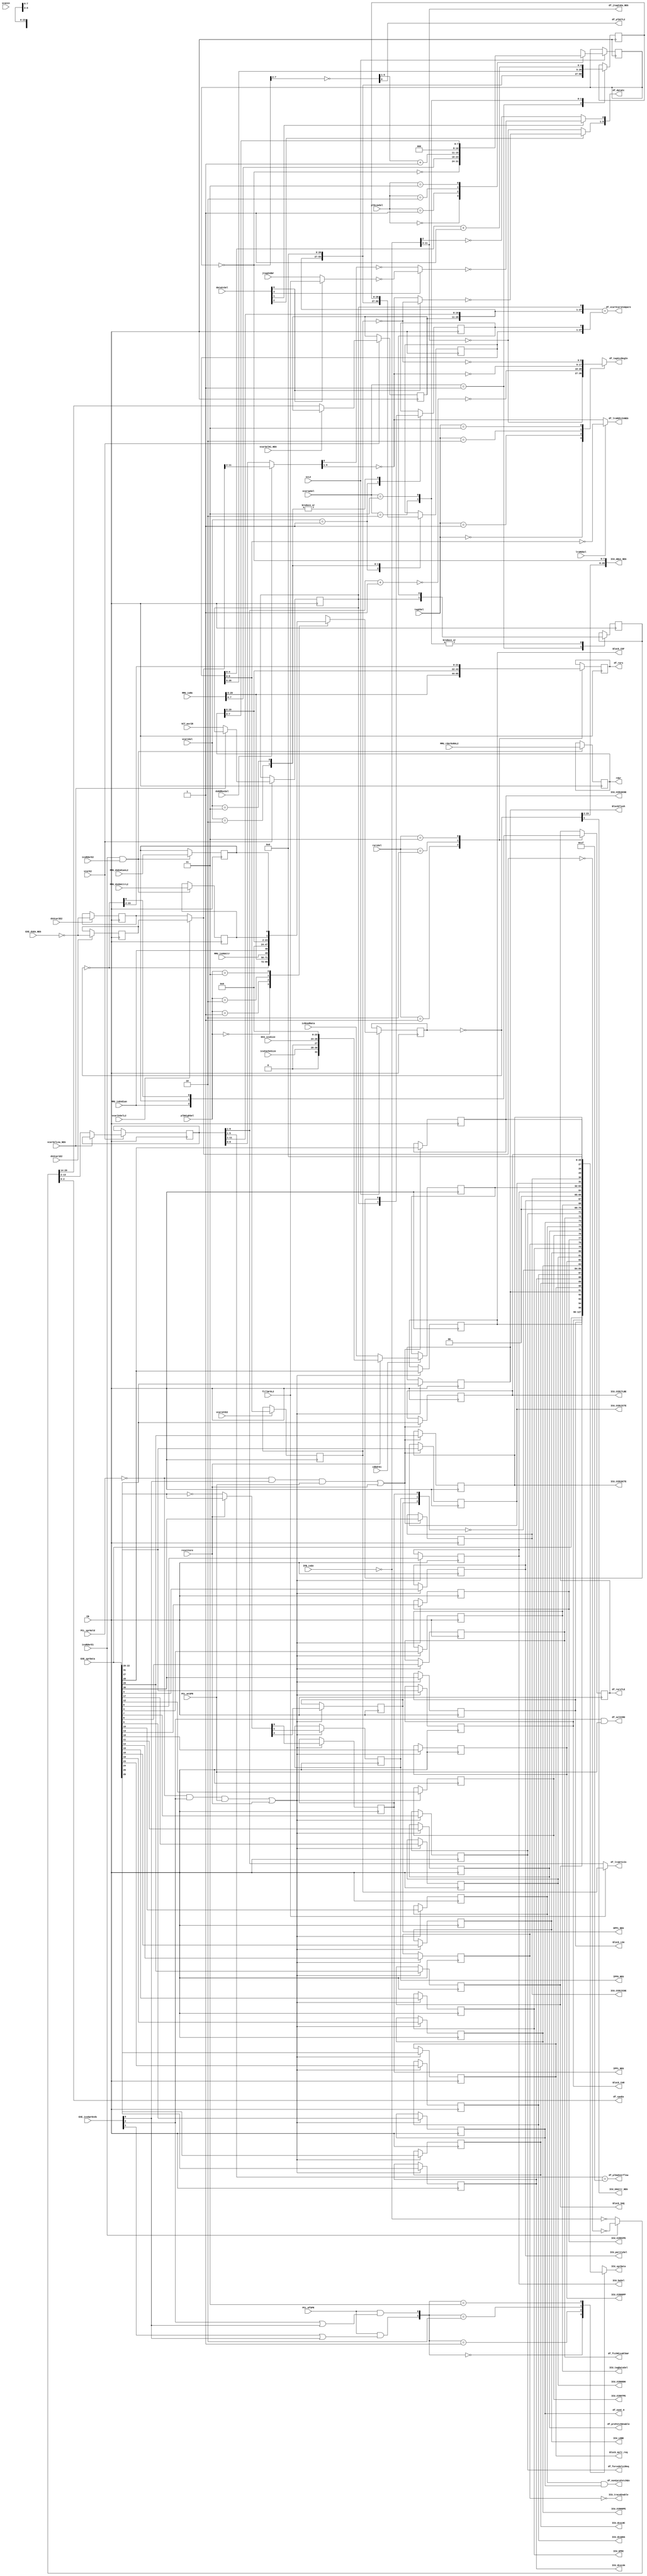
// 
// ************************************************************************** 
// 
//  Copyright (c) International Business Machines Corporation, 2005. 
// 
//  This file contains trade secrets and other proprietary and confidential 
//  information of International Business Machines Corporation which are 
//  protected by copyright and other intellectual property rights and shall 
//  not be reproduced, transferred to other documents, disclosed to others, 
//  or used for any purpose except as specifically authorized in writing by 
//  International Business Machines Corporation. This notice must be 
//  contained as part of this text at all times. 
// 
// ************************************************************************** 
//

// change history
// 8-02-01      JRS     adding ICU_CCR0DPE, ICU_CCR0DPP, ICU_CCR0IPE, ICU_CCR0TPE as PO, going
//                      to go out of icu_top
// 8-06-01      PGM     Defect 1805 Changed D2 input of dp_regICU_vcarsp and dp_regICU_Vcars
//                       so formality would match
// 8-27-01      JRS     re-order cdbcr (CCR0) register bits so that new ones come 1st, done to pass formality

module p405s_icu_data_flow( BlockFlush, Block_CAR, Block_COF, Block_LSA, Block_SAQ, Block_mult_req,
     DPP1_NEG, ICU_ABus_NEG, ICU_CCR0DDK, ICU_GPRC, ICU_LDBE, ICU_U0Attr_NEG, ICU_baSel,
     ICU_dcuLNC, ICU_dcuLOA, ICU_dcuWOA, ICU_sprData, ICU_tagDataSel, ICU_paritySel, ICU_traceEnable,
     IPP0_NEG, IPP1_NEG, df_cpuEa, df_dataCc, df_forceOnly1Req, df_ftchMissBlkWr,
     df_jtagIsEa_NEG, df_lruRdCcInNEG, df_lruWrCcIn, df_nonC_8,
     df_nonCpreFetchEn, df_plb27L2, df_plbaOverflow, df_preFetchEnable, df_rars,
     df_rarsTLE, df_selCCR0, df_tagVccRegIn, df_vcarVcarsCompare, rdar, 
     CB, DCU_icuSize, EXE_dsEA_NEG, EXE_icuSprDcds, EXE_sprData,
     IFB_isEA, MMU_dsEndianL2, MMU_dsU0AttrL2, MMU_isEndian, MMU_isRA,
     MMU_isU0Attr, MMU_rdarDsRAL2, PCL_mfSPR, PCL_mtSPR, PCL_sprHold, cdbdrE1,
     dataCcSel, dsRdMuxSel, dsVcar1E2, dsVcar2E2, fillWr0L2, icReadData,
     icuCacheSize, icuRdarE1, icuRdarE2, jtag2ndWr, lruRdSel, plbHighSel,
     plbLowSel, rarsSel, resetCore, scL2, scanin, tagVSel, vcarE2, vcarInSelL2,
     vcarSelHi_NEG, vcarSelLow_NEG, vcarsCCE2, vcarsSel, vcarspSel, VCT_msrIR,
     ICU_CCR0DPE, ICU_CCR0DPP, ICU_CCR0IPE, ICU_CCR0TPE,
     ICU_CCR1ICTE, ICU_CCR1ICDE, ICU_CCR1DCTE, ICU_CCR1DCDE, ICU_CCR1TLBE);

output BlockFlush;
output Block_CAR;
output Block_COF;
output Block_LSA;
output Block_SAQ;
output Block_mult_req;
output DPP1_NEG;
output ICU_CCR0DDK;
output ICU_GPRC;
output ICU_LDBE;
output ICU_U0Attr_NEG;
output ICU_baSel;
output ICU_dcuLNC;
output ICU_dcuLOA;
output ICU_dcuWOA;
output ICU_tagDataSel;
output ICU_paritySel;
output ICU_traceEnable;
output IPP0_NEG;
output IPP1_NEG;
output df_forceOnly1Req;
output df_ftchMissBlkWr;
output df_nonC_8;
output df_nonCpreFetchEn;
output df_plb27L2;
output df_plbaOverflow;
output df_preFetchEnable;
output df_rarsTLE;
output df_selCCR0;
output df_vcarVcarsCompare;
output ICU_CCR0DPE;
output ICU_CCR0DPP;
output ICU_CCR0IPE;
output ICU_CCR0TPE;
output ICU_CCR1ICTE;
output ICU_CCR1ICDE;
output ICU_CCR1DCTE;
output ICU_CCR1DCDE;
output ICU_CCR1TLBE;

input VCT_msrIR;
input MMU_dsEndianL2;
input MMU_dsU0AttrL2;
input MMU_isEndian;
input MMU_isU0Attr;
input PCL_mfSPR;
input PCL_mtSPR;
input PCL_sprHold;
input cdbdrE1;
input dsRdMuxSel;
input dsVcar1E2;
input dsVcar2E2;
input fillWr0L2;
input icuRdarE1;
input icuRdarE2;
input jtag2ndWr;
input lruRdSel;
input resetCore;
input scL2;
input scanin;
input vcarE2;
input vcarInSelL2;
input vcarSelHi_NEG;
input vcarSelLow_NEG;
input vcarsCCE2;

output [0:31]  ICU_sprData;
output [18:26]  df_lruRdCcInNEG;
output [18:26]  df_jtagIsEa_NEG;
output [18:26]  df_tagVccRegIn;
output [18:26]  df_lruWrCcIn;
output [27:29]  df_cpuEa;
output [0:29]  rdar;
output [18:27]  df_dataCc;
output [0:29]  ICU_ABus_NEG;
output [0:21]  df_rars;


input [0:2]  EXE_icuSprDcds;
input [0:1]  plbHighSel;
input [0:1]  tagVSel;
input        CB;
input [0:1]  plbLowSel;
input [0:1]  vcarsSel;
input [0:29]  IFB_isEA;
input [0:1]  vcarspSel;
input [0:31]  icReadData;
input [0:29]  EXE_dsEA_NEG;
input [0:1]  rarsSel;
input [0:29]  MMU_isRA;
input [0:29]  MMU_rdarDsRAL2;
input [0:2]  DCU_icuSize;
input [0:2]  icuCacheSize;
input [0:3]  dataCcSel;
input [0:31]  EXE_sprData;

// Buses in the design
reg Block_CAR_i; 
reg Block_LSA_i; 
reg Block_SAQ_i; 
reg Block_COF_i; 
reg BlockFlush_i; 
reg Block_mult_req_i; 
reg ICU_dcuLNC_i; 
reg ICU_dcuLOA_i; 
reg ICU_dcuWOA_i; 
wire DPP1_i; 
wire IPP0_i; 
wire IPP1_i; 
reg ICU_CCR0DPE_i; 
reg ICU_CCR0DPP_i; 
reg ICU_CCR0DDK_i; 
reg ICU_LDBE_i; 
reg ICU_GPRC_i; 
reg ICU_traceDisable_i; 
reg ICU_CCR0IPE_i; 
reg ICU_CCR0TPE_i; 
reg df_preFetchEnable_i; 
reg df_nonCpreFetchEn1_i; 
reg df_nonC_8_i; 
reg df_ftchMissBlkWr_i; 
reg df_forceOnly1Req_i; 
reg ICU_tagDataSel_i; 
reg ICU_paritySel_i; 
reg ICU_baSel_i;
wire Block_CAR; 
wire Block_LSA; 
wire Block_SAQ; 
wire Block_COF; 
wire BlockFlush; 
wire Block_mult_req; 
wire ICU_dcuLNC; 
wire ICU_dcuLOA; 
wire ICU_dcuWOA; 
wire DPP1; 
wire IPP0; 
wire IPP1; 
wire ICU_CCR0DPE; 
wire ICU_CCR0DPP; 
wire ICU_CCR0DDK; 
wire ICU_LDBE; 
wire ICU_GPRC; 
wire ICU_traceDisable; 
wire ICU_CCR0IPE; 
wire ICU_CCR0TPE; 
wire df_preFetchEnable; 
wire df_nonCpreFetchEn1; 
wire df_nonC_8; 
wire df_ftchMissBlkWr; 
wire df_forceOnly1Req; 
wire ICU_tagDataSel; 
wire ICU_paritySel; 
wire ICU_baSel;
wire [0:29]  ICU_ABus_NEG_i;
reg vcarspIR;
reg vcarsIR;
reg [0:29]  rdar_i;
wire [0:29]  rdar;
reg ICU_CCR1ICTE_i;
reg ICU_CCR1ICDE_i;
reg ICU_CCR1DCTE_i;
reg ICU_CCR1DCDE_i;
reg ICU_CCR1TLBE_i;
wire ICU_CCR1ICTE;
wire ICU_CCR1ICDE;
wire ICU_CCR1DCTE;
wire ICU_CCR1DCDE;
wire ICU_CCR1TLBE;
wire [0:21] df_rars;
reg [0:21] df_rars_i;
reg df_rarsTLE;
reg DPP1_NEG_i;
reg IPP0_NEG_i;
reg IPP1_NEG_i;
wire DPP1_NEG;
wire IPP0_NEG;
wire IPP1_NEG;



wire  [0:8]  symNet770;

reg  [0:26]  symNet812;

reg  [0:29]  symNet802;

reg  [0:8]  vcarsCCL2;

wire  [18:26]  incVcarOut;

wire  [0:8]  symNet772;

wire  [0:2]  symNet766;

wire  [0:29]  symNet758;

wire  [0:1]  sprMuxSel;

wire  [18:26]  ccAdd1;

wire  [0:7]  feedBack;

wire  [0:29]  dsEa;

reg  [0:31]  cdbdrData;

wire  [18:27]  dsRdCC;

wire  [22:26]  incOut;

wire  [0:21]  ABus;

wire  [0:21]  isRABuf;

reg  [0:29]  symNet797;

wire  [9:11]  EXE_sprData_NEG;

wire  [0:29]  vcarIn;

wire  [0:29]  isEA_NEG;

wire  [0:29]  itis;

wire  [0:8]  whIncOut;

reg  [0:27]  vcar;

wire  [22:26]  incVcars;

reg  [0:26]  vcars;

wire  [22:27]  icuAdd;
wire resetCor_NEG ;
wire ccAdd4 ;
wire ccAdd3 ;
wire abusTLE_NEG ;
wire AbusU0Attr ;
wire AbusTLE ;
reg  [18:26] df_tagVccRegIn;
wire [0:31] sprOut_D1 ;
wire [0:31] sprOut_D3 ;
reg [0:31] ICU_sprData;
wire sel_ccr1_E2 ;
wire sel_cdbcr_E2 ;
wire df_vcarVcarsCompare;
wire ICU_U0Attr_NEG_i;
wire ICU_U0Attr_NEG;

   // assignments for output ports
   assign ICU_U0Attr_NEG = ICU_U0Attr_NEG_i;
   assign df_rars = df_rars_i;
   assign ICU_ABus_NEG = ICU_ABus_NEG_i;
   assign rdar = rdar_i;
   assign ICU_CCR1ICTE = ICU_CCR1ICTE_i;
   assign ICU_CCR1DCDE = ICU_CCR1DCDE_i;
   assign ICU_CCR1DCTE = ICU_CCR1DCTE_i;
   assign ICU_CCR1ICDE = ICU_CCR1ICDE_i;
   assign ICU_CCR1TLBE = ICU_CCR1TLBE_i;
   assign Block_CAR = Block_CAR_i; 
   assign Block_LSA = Block_LSA_i; 
   assign Block_SAQ = Block_SAQ_i; 
   assign Block_COF = Block_COF_i; 
   assign BlockFlush = BlockFlush_i; 
   assign Block_mult_req = Block_mult_req_i; 
   assign ICU_dcuLNC = ICU_dcuLNC_i; 
   assign ICU_dcuLOA = ICU_dcuLOA_i; 
   assign ICU_dcuWOA = ICU_dcuWOA_i; 
   assign DPP1 = DPP1_i; 
   assign IPP0 = IPP0_i; 
   assign IPP1 = IPP1_i; 
   assign DPP1_NEG = DPP1_NEG_i;
   assign IPP0_NEG = IPP0_NEG_i;
   assign IPP1_NEG = IPP1_NEG_i;
   assign ICU_CCR0DPE = ICU_CCR0DPE_i; 
   assign ICU_CCR0DPP = ICU_CCR0DPP_i; 
   assign ICU_CCR0DDK = ICU_CCR0DDK_i; 
   assign ICU_LDBE = ICU_LDBE_i; 
   assign ICU_GPRC = ICU_GPRC_i; 
   assign ICU_traceDisable = ICU_traceDisable_i; 
   assign ICU_CCR0IPE = ICU_CCR0IPE_i; 
   assign ICU_CCR0TPE = ICU_CCR0TPE_i; 
   assign df_preFetchEnable = df_preFetchEnable_i; 
   assign df_nonCpreFetchEn1 = df_nonCpreFetchEn1_i; 
   assign df_nonC_8 = df_nonC_8_i; 
   assign df_ftchMissBlkWr = df_ftchMissBlkWr_i; 
   assign df_forceOnly1Req = df_forceOnly1Req_i; 
   assign ICU_tagDataSel = ICU_tagDataSel_i; 
   assign ICU_paritySel = ICU_paritySel_i; 
   assign ICU_baSel = ICU_baSel_i;

   // Removed the module dp_regICU_VcarLow 
   reg  vcarIR;
   always @(posedge CB)  	
    begin				  	
    if (vcarE2)			
      if (~vcarSelLow_NEG)			
        {vcarIR, vcar[16:27]} <= {VCT_msrIR, itis[16:27]};	
   end			 		
   // Removed the module dp_regICU_VcarHigh 
   always @(posedge CB)  	
    begin				  	
    if (vcarE2)			
      if (~vcarSelHi_NEG)			
        vcar[0:15] <= itis[0:15];	
   end			 		
   //Removed the module dp_logicICU_inv2 
   assign resetCor_NEG = ~resetCore;
   //Removed the module dp_logicICU_sprIn 
   assign  EXE_sprData_NEG[9:11] = resetCor_NEG ? symNet766[0:2] : EXE_sprData[9:11];                              
   // Replacing instantiation: GTECH_BUF isEaBuffer
   assign df_cpuEa[29] = itis[29];

   // Replacing instantiation: GTECH_BUF I373
   assign df_cpuEa[28] = itis[28];

   // Replacing instantiation: GTECH_BUF I374
   assign df_cpuEa[27] = itis[27];

   //Removed the module dp_logicICU_jtagIsEa 
   assign df_jtagIsEa_NEG[18:26] = isEA_NEG[18:26];
   //Removed the module dp_muxICU_lxSelect 
   assign itis[0:29] = icuRdarE1 ? ~symNet758[0:29] : ~isEA_NEG[0:29];
   //Removed the module dp_muxICU_CcAdd4 
   assign ccAdd4 = dataCcSel[3] ? fillWr0L2 : jtag2ndWr;
   //Removed the module dp_muxICU_CcAdd3 
   assign ccAdd3 = dataCcSel[0] ? ~ccAdd4 : ~dsRdCC[27];
   //Removed the module dp_muxICU_CcAdd2 
   assign df_dataCc[27] = dataCcSel[2] ? ~ccAdd3 : ~isEA_NEG[27];
   //Removed the module dp_muxICU_CcAdd1 
   assign ccAdd1[18:26] = dataCcSel[3] ? ~vcarsCCL2[0:8] : ~dsRdCC[18:26];
   //Removed the module dp_logicICU_vcarInInv 
   assign symNet758[0:29] = ~(vcarIn[0:29]);
   //Removed the module dp_logicICU_plbaHighInv 
   assign {ABus[0:21], AbusU0Attr, AbusTLE} = ~{ICU_ABus_NEG_i[0:21], ICU_U0Attr_NEG_i, abusTLE_NEG};
   //Removed the module dp_logicICU_fdback 
   assign  feedBack[0:7] = ~ICU_ABus_NEG_i[22:29];
   //Removed the module dp_logicICU_sprBitsOutInv 
   assign {DPP1_i, IPP0_i, IPP1_i} = ~{DPP1_NEG_i, IPP0_NEG_i, IPP1_NEG_i};
   //Removed the module dp_logicICU_sprBitsInInv 
   assign symNet766[0:2] = ~EXE_sprData[9:11];
   //Removed the module dp_logicICU_isEAInv 
   assign isEA_NEG[0:29] = ~IFB_isEA[0:29];
   //Removed the module dp_logicICU_vcarsCCInv 
   assign symNet770[0:8] = ~vcarsCCL2[0:8];
   //Removed the module dp_logicICU_dsRdCCInv 
   assign symNet772[0:8] = ~dsRdCC[18:26];
   //Removed the module dp_logicICU_incVcarInv 
   assign whIncOut[0:8] = ~incVcarOut[18:26];
   //Removed the module dp_muxICU_CcAdd 
   assign df_dataCc[18:26] =  dataCcSel[1] ? ~ccAdd1[18:26] : ~isEA_NEG[18:26];                         
   //Removed the module dp_logicICU_traceInv 
   assign ICU_traceEnable = ~ICU_traceDisable;
   //Removed the module dp_logicICU_plba27Buf 
   assign df_plb27L2 = icuAdd[27];
   //Removed the module dp_logicICU_raBuf 
   assign isRABuf[0:21] = MMU_isRA[0:21];
   //Removed the module dp_muxICU_dsRdMux 
   assign dsRdCC[18:27] =  dsRdMuxSel ? vcarIn[18:27] : vcar[18:27];                      
   // Removed the module dp_regICU_daVcar1 
   always @(posedge CB)  	
    begin				  	
    if (dsVcar1E2)		 	
      symNet802[0:29] <= dsEa[0:29];		
   end			 		
   // Removed the module dp_regICU_daVcar2 
   always @(posedge CB)  	
    begin				  	
    if (dsVcar2E2)		 	
      symNet797[0:29] <= dsEa[0:29];		
   end			 		
   //Removed the module dp_muxICU_vcarIn 
   assign vcarIn[0:29] = vcarInSelL2 ? symNet802[0:29] : symNet797[0:29]; 
   // Removed the module dp_regICU_vcarsp 
   always @(posedge CB)  	
    begin				  	
      case(vcarspSel[0:1])			
       2'b00: ;	
       2'b01: {vcarspIR, symNet812[0:26]} <= {vcarIR, vcar[0:26]};	
       2'b10: {vcarspIR, symNet812[0:26]} <= {vcarsIR, {27{1'b0}} };
       2'b11: {vcarspIR, symNet812[0:26]} <= {vcarsIR, vcars[0:21], incVcars[22:26]};	
        default: {vcarspIR, symNet812[0:26]} <= 28'bx;  
      endcase		 		
   end			 		
   //Removed the module dp_muxICU_tagVaVbCcNEG 
    always @(tagVSel or isEA_NEG or whIncOut or symNet772 or symNet770 ) 
    begin                                           
      case(tagVSel[0:1])                       
       2'b00: df_tagVccRegIn[18:26] = ~isEA_NEG[18:26];   
       2'b01: df_tagVccRegIn[18:26] = ~whIncOut[0:8];   
       2'b10: df_tagVccRegIn[18:26] = ~symNet772[0:8];   
       2'b11: df_tagVccRegIn[18:26] = ~symNet770[0:8];   
        default: df_tagVccRegIn[18:26] = 9'bx;   
      endcase                                    
    end
    //Removed the module dp_muxICU_lruRdcc 
   assign df_lruRdCcInNEG[18:26] = lruRdSel ? ~vcars[18:26] : ~dsRdCC[18:26];
   // Removed the module dp_regICU_vcarsCC 
   always @(posedge CB)  	
    begin				  	
    if (vcarsCCE2)	                
       vcarsCCL2[0:8] <= vcars[18:26];		
   end			 		
   // Replacing instantiation: GTECH_AND2 I241
   assign df_nonCpreFetchEn = df_nonCpreFetchEn1 & df_nonC_8_i;

   //Removed the module dp_logicICU_isEA 
   assign dsEa[0:29] = ~EXE_dsEA_NEG[0:29];
   //Removed the module dp_logicICU_plbaLowBuf2 
   assign icuAdd[22:27] = ~ICU_ABus_NEG_i[22:27];
   //Removed the module icu_incPlba
   assign incOut[22:26] = icuAdd[22:26] + 5'b00001;
   // Removed the module dp_regICU_plbaLow 
   reg [0:7] regICU_plbaLow_DataOut;
   assign ICU_ABus_NEG_i[22:29] = ~regICU_plbaLow_DataOut;
   always @(posedge CB)  	
    begin				  	
    if (scL2)			
      case(plbLowSel[0:1])			
       2'b00: regICU_plbaLow_DataOut <= feedBack[0:7];	
       2'b01: regICU_plbaLow_DataOut <=  MMU_isRA[22:29];	
       2'b10: regICU_plbaLow_DataOut <= {incOut[22:26],1'b0, 1'b0, 1'b0};	
       2'b11: regICU_plbaLow_DataOut <= rdar_i[22:29];	
        default: regICU_plbaLow_DataOut <= 8'bx;  
      endcase		 		
    end			 		
   // Removed the module dp_regICU_plbaHigh 
   reg [0:23] regICU_plbaHigh_DataOut;
   reg U0Attr;
   reg dsEndian;
   assign {ICU_ABus_NEG_i[0:21], ICU_U0Attr_NEG_i, abusTLE_NEG} = ~regICU_plbaHigh_DataOut;
   always @(posedge CB)  	
    begin				  	
    if (scL2)			
      case( plbHighSel[0:1])			
       2'b00: regICU_plbaHigh_DataOut <= {ABus[0:21], AbusU0Attr, AbusTLE};	
       2'b01: regICU_plbaHigh_DataOut <= {isRABuf[0:21],MMU_isU0Attr, MMU_isEndian};	
       2'b10: regICU_plbaHigh_DataOut <= {24{1'b0}};	
       2'b11: regICU_plbaHigh_DataOut <= {rdar_i[0:21], U0Attr, dsEndian};	
        default: regICU_plbaHigh_DataOut <= 24'bx;  
      endcase		 		
    end			 		
   //Removed the module dp_muxICU_sprOut 
    assign sprOut_D1 = {Block_CAR_i, Block_LSA_i, Block_SAQ_i, Block_COF_i,
                        BlockFlush_i, Block_mult_req_i, ICU_dcuLNC_i, ICU_dcuLOA_i,
                        ICU_dcuWOA_i, DPP1_i, IPP0_i, IPP1_i,ICU_CCR0DPE_i, ICU_CCR0DPP_i,
                        ICU_CCR0DDK_i, ICU_LDBE_i, ICU_GPRC_i, ICU_traceDisable_i,
                        ICU_CCR0IPE_i, ICU_CCR0TPE_i, df_preFetchEnable_i, df_nonCpreFetchEn1_i,
                        df_nonC_8_i,df_ftchMissBlkWr_i, df_forceOnly1Req_i, 1'b0, 1'b0, ICU_tagDataSel_i,
                        ICU_paritySel_i, 1'b0, 1'b0, ICU_baSel_i} ;
    assign sprOut_D3 = {ICU_CCR1ICTE_i, ICU_CCR1ICDE_i, ICU_CCR1DCTE_i, ICU_CCR1DCDE_i, ICU_CCR1TLBE_i,
                        {27{1'b0}} };
   
    always @( sprMuxSel or EXE_sprData or sprOut_D1 or cdbdrData or sprOut_D3) 
    begin                                           
      case(sprMuxSel[0:1])                     
       2'b00: ICU_sprData[0:31] = EXE_sprData[0:31];    
       2'b01: ICU_sprData[0:31] = sprOut_D1;    
       2'b10: ICU_sprData[0:31] = cdbdrData[0:31];    
       2'b11: ICU_sprData[0:31] = sprOut_D3;    
        default: ICU_sprData[0:31] = 32'bx;   
      endcase                                    
    end        
    //Removed the module icu_spr_add_cmp
assign sel_ccr1_E2 = (~PCL_sprHold & EXE_icuSprDcds[2] & PCL_mtSPR) | resetCore ;
assign sel_cdbcr_E2 = (~PCL_sprHold & EXE_icuSprDcds[0] & PCL_mtSPR) | resetCore ;
assign df_selCCR0 = (EXE_icuSprDcds[0] & PCL_mtSPR) ;


assign sprMuxSel[0] = PCL_mfSPR & (EXE_icuSprDcds[1] | EXE_icuSprDcds[2]);
assign sprMuxSel[1] = PCL_mfSPR & (EXE_icuSprDcds[0] | EXE_icuSprDcds[2]);
   // Removed the module dp_regICU_cdbdr 
   always @(posedge CB)  	
    begin				  	
    if (cdbdrE1)			
      if (~resetCore)			
        cdbdrData[0:31] <= icReadData[0:31];	
      else
        cdbdrData[0:31] <= {1'b0, icuCacheSize[0:2],
              1'b0, DCU_icuSize[0:2],{24{1'b0}} };
   end			 		

   // Removed the module dp_regICU_cdbcr 
   always @(posedge CB)  	
    begin				  	
     if (sel_cdbcr_E2)		 	
      {ICU_paritySel_i, ICU_CCR0TPE_i, ICU_CCR0IPE_i, ICU_CCR0DPP_i, ICU_CCR0DPE_i,
       Block_CAR_i, Block_LSA_i, Block_SAQ_i, Block_COF_i, BlockFlush_i, Block_mult_req_i,
       ICU_dcuLNC_i, ICU_dcuLOA_i, ICU_dcuWOA_i, DPP1_NEG_i, IPP0_NEG_i, IPP1_NEG_i,
       ICU_CCR0DDK_i, ICU_LDBE_i, ICU_GPRC_i, ICU_traceDisable_i,
       df_preFetchEnable_i, df_nonCpreFetchEn1_i, df_nonC_8_i,
       df_ftchMissBlkWr_i, df_forceOnly1Req_i, ICU_tagDataSel_i, ICU_baSel_i} <= 
          {EXE_sprData[28],EXE_sprData[19],EXE_sprData[18],
           EXE_sprData[13],EXE_sprData[12],EXE_sprData[0:8], EXE_sprData_NEG[9:11],
           EXE_sprData[14:17],EXE_sprData[20:24], EXE_sprData[27], EXE_sprData[31]};		
   end			 		
   // Removed the module dp_regICU_ccr1 
   always @(posedge CB)  	
    begin				  	
    if (sel_ccr1_E2)		 	
      {ICU_CCR1ICTE_i, ICU_CCR1ICDE_i, ICU_CCR1DCTE_i, ICU_CCR1DCDE_i, ICU_CCR1TLBE_i} <= EXE_sprData[0:4];		
   end			 		
   //Removed the module dp_muxICU_CcWrAdd 
   assign df_lruWrCcIn[18:26] = fillWr0L2 ? vcarsCCL2[0:8] : vcar[18:26];
   // Removed the module dp_regICU_rars 
   always @(posedge CB)  	
    begin				  	
      case(rarsSel[0:1])			
       2'b00: ;	
       2'b01: {df_rars_i[0:21],df_rarsTLE} <= {isRABuf[0:21], MMU_isEndian};	
       2'b10: {df_rars_i[0:21],df_rarsTLE} <= {rdar_i[0:21], dsEndian};	
       2'b11: {df_rars_i[0:21],df_rarsTLE} <= {ABus[0:21], AbusTLE};	
        default: {df_rars_i[0:21],df_rarsTLE} <= 23'bx;  
      endcase		 		
   end			 		
   // Removed the module dp_regICU_rdar 
   always @(posedge CB)  	
    begin				  	
    if (icuRdarE1 & icuRdarE2)		
      {rdar_i[0:29], U0Attr, dsEndian} <= {MMU_rdarDsRAL2[0:29], MMU_dsU0AttrL2, MMU_dsEndianL2};		
   end			 		
   //Removed module icu_incVcars
    assign incVcars[22:26] = vcars[22:26] + 1 ;
   // Removed the module dp_regICU_Vcars 
   always @(posedge CB)  	
    begin				  	
      case(vcarsSel[0:1])			
       2'b00: ;	
       2'b01: {vcarsIR, vcars[0:26]} <= {vcarIR, vcar[0:26]};	
       2'b10: {vcarsIR, vcars[0:26]} <= {vcarspIR, {27{1'b0}} };	
       2'b11: {vcarsIR, vcars[0:26]} <= {vcarspIR, symNet812[0:26]};	
        default: {vcarsIR, vcars[0:26]} <= 28'bx;  
      endcase		 		
   end			 		
   //Removed module icu_incOverFlow
assign df_plbaOverflow = vcar[22:26] == 5'b11111 ;  
   //Removed module icu_compVcars
assign df_vcarVcarsCompare = {vcar[0:26], vcarIR} == {vcars[0:26], vcarsIR} ;
   //Removed module icu_incVcar
assign incVcarOut[18:26] = vcar[18:26] + 9'b000000001 ;

endmodule